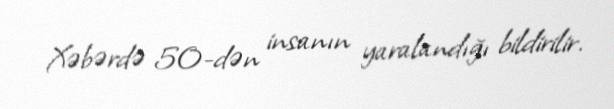
Xəbərdə 50-dən insanın yaralandığı bildirilir.